Civil Veterinary Department. Central Provinces & Berar 1932-41 - 1932-1941
Year: 1932
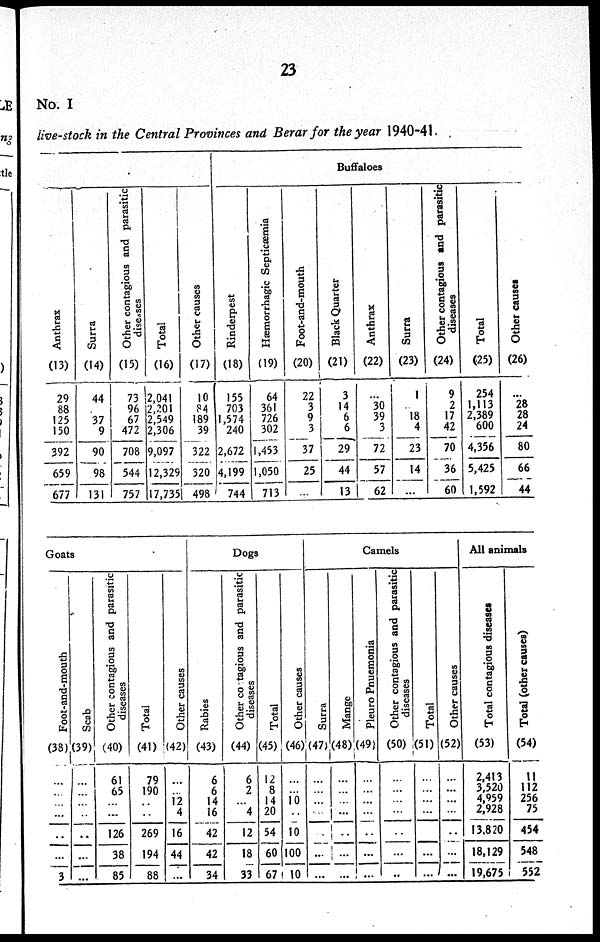
23
No. I
livestock in the Central Provinces and Berar for the year 1940-41.
Anthrax
(13)
29
88
125
150
392
659
677
Surra
(14)
44
37
9
90
98
131
Other contagious and parasitic
diseases
(15)
73
96
67
472
708
544
757
Total
(16)
2,041
2,201
2,549
2,306
9,097
12,329
17,735
Other causes
(17)
10
P4
189
39
322
320
498
Buffaloes
Rinderpest
(18)
155
703
1,574
240
2,672
4,199
744
Hæmorrhagic Septicæmia
(19)
64
361
726
302
1,453
1,050
713
Foot-and-mouth
(20)
22
3
9
3
37
25
...
Black Quarter
(21)
3
14
6
6
29
44
13
Anthrax
(22)
30
39
3
72
57
62
Surra
(23)
1
18
4
23
14
...
Other contagious and parasitic
diseases
(24)
9
2
17
42
70
36
60
Total
(25)
254
1,113
2,389
600
4,356
5,425
1,592
Other causes
(26)
28
28
24
80
66
44
Goats
Foot-and-mouth
(38)
...
...
...
..
...
3
Scab
(39)
...
...
...
...
...
...
...
Other contagious and parasitic
diseases
(40)
61
65
...
...
126
38
85
Total
(41)
79
190
...
...
269
194
88
Other causes
(42)
...
...
12 4
16
44
...
Dogs
Rabies
(43)
6
6
14
16
42
42
34
Other contagious
and parasitic
diseases
(44)
6
2
...
4
12
18
33
Total
(45)
12
8
14
20
54
60
67
Other causes
(46)
...
...
10
...
10
100
10
Camels
Surra
(47)
...
...
...
...
..
...
...
Mange
(48)
...
...
...
...
..
...
...
Pleuro Pnuemonia
(49)
...
...
...
...
..
...
...
Other contagious and parasitic
diseases
(50)
...
...
...
...
..
...
..
Total
(51)
...
...
...
...
..
...
...
Other causes
(52)
...
...
...
...
..
...
All animals
Total contagious diseases
(53)
2,413
3,520
4,959
2,928
13,820
18,129
I9,675
Total (other causes)
(54)
11
112
256
75
454
548
552